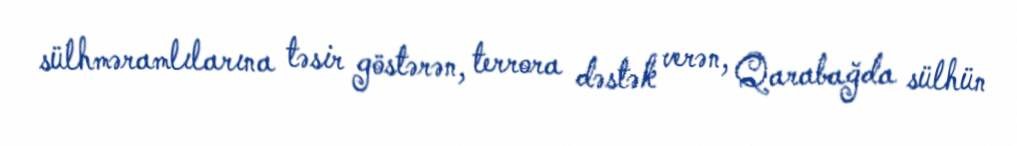
sülhməramlılarına təsir göstərən, terrora dəstək verən, Qarabağda sülhün